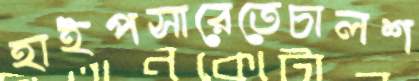
হাইপসারেতেচালশ